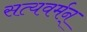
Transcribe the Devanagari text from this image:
सत्यवर्मन्